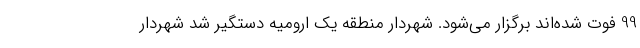
99 فوت شده‌اند برگزار می‌شود. شهردار منطقه یک ارومیه دستگیر شد شهردار